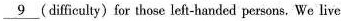
\underline{9}(difficulty) for those left-handed persons, We live